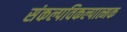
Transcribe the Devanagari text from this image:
संकल्पविकल्पात्मक